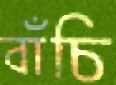
বাঁচি